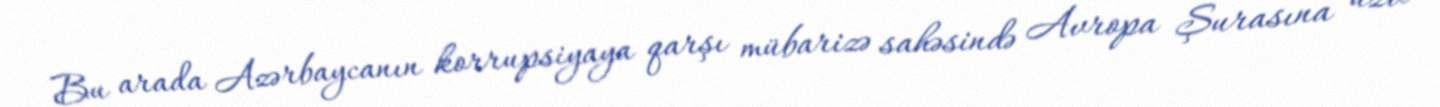
Bu arada Azərbaycanın korrupsiyaya qarşı mübarizə sahəsində Avropa Şurasına üzv